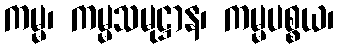
ကမ္မ၊ ကမ္မသမုဋ္ဌာန၊ ကမ္မပစ္စယ၊